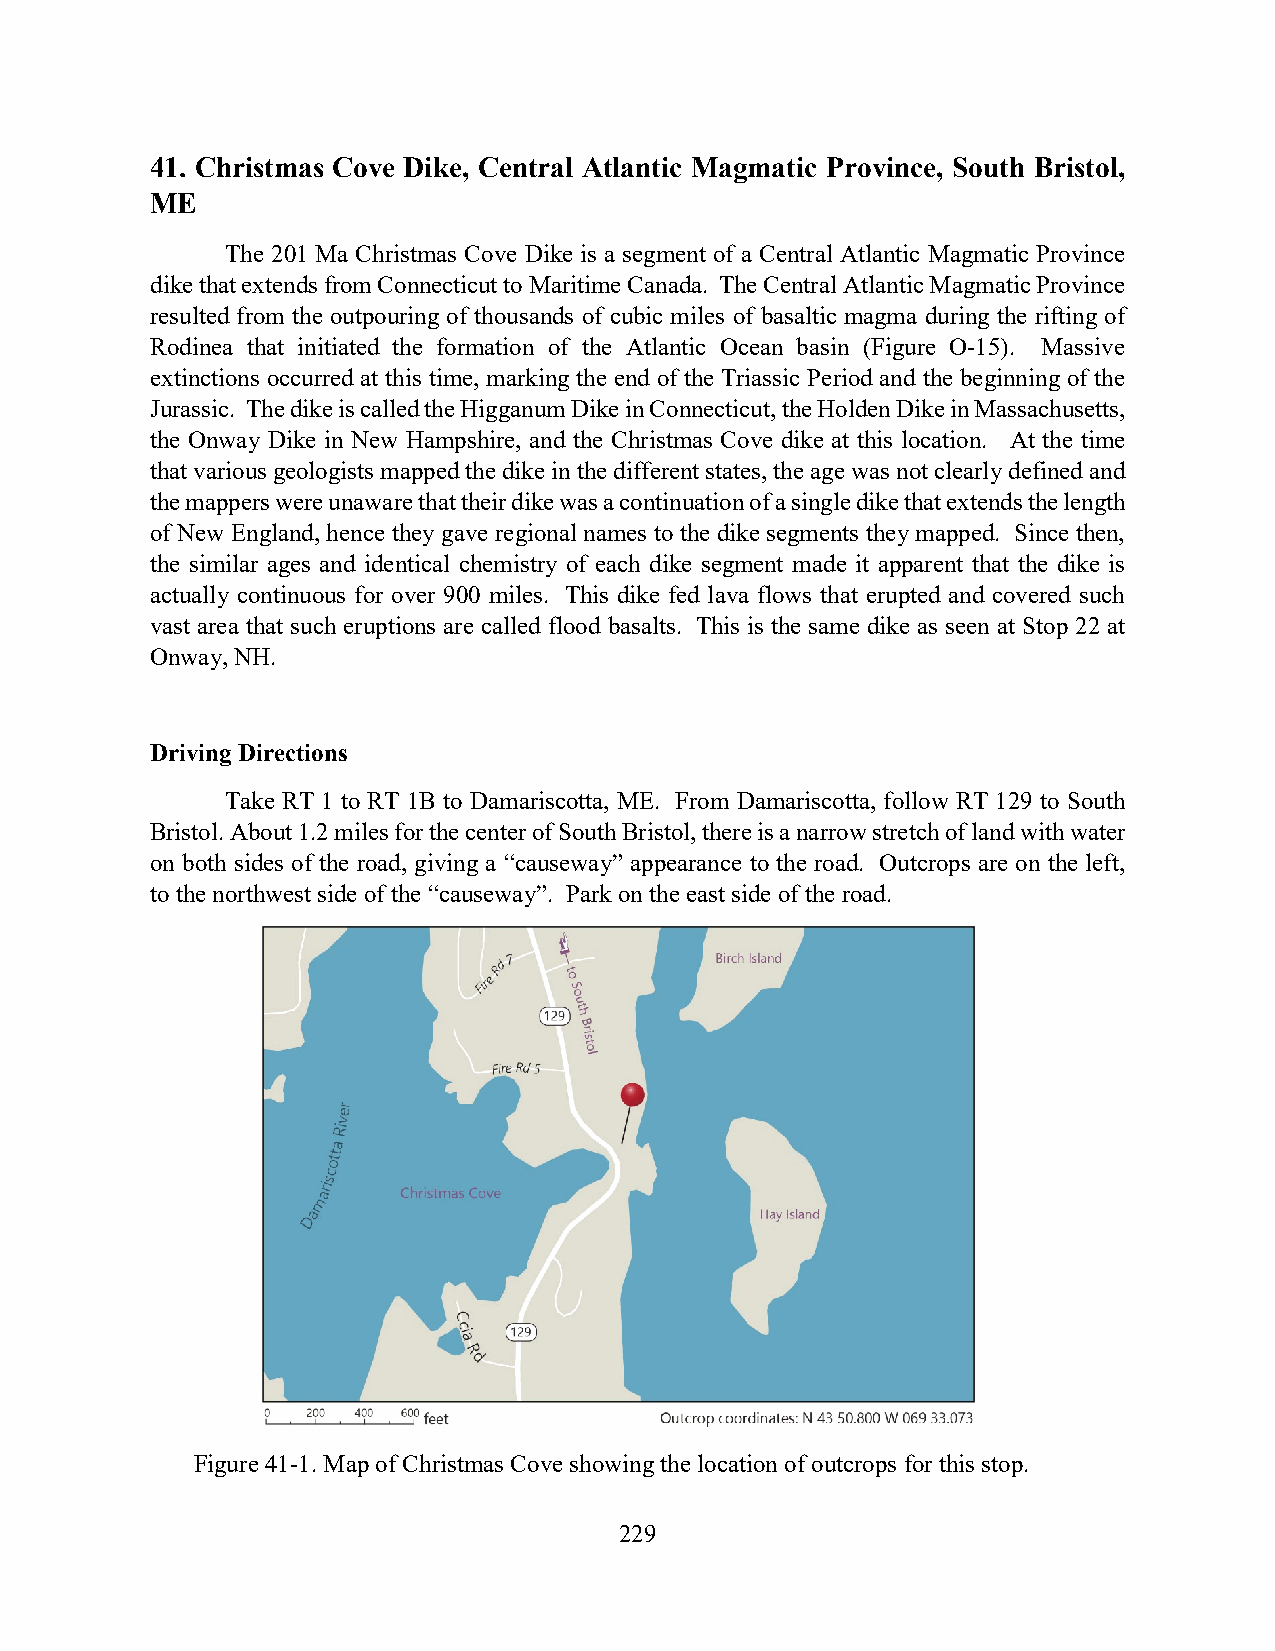
41. Christmas Cove Dike, Central Atlantic Magmatic Province, South Bristol,
 ME
 The 201 Ma Christmas Cove Dike is a segment of a Central Atlantic Magmatic Province
 dike that extends from Connecticut to Maritime Canada. The Central Atlantic Magmatic Province
 resulted from the outpouring of thousands of cubic miles of basaltic magma during the rifting of
 Rodinea that initiated the formation of the Atlantic Ocean basin (Figure O-15). Massive
 extinctions occurred at this time, marking the end of the Triassic Period and the beginning of the
 Jurassic. The dike is called the Higganum Dike in Connecticut, the Holden Dike in Massachusetts,
 the Onway Dike in New Hampshire, and the Christmas Cove dike at this location. At the time
 that various geologists mapped the dike in the different states, the age was not clearly defined and
 the mappers were unaware that their dike was a continuation of a single dike that extends the length
 of New England, hence they gave regional names to the dike segments they mapped. Since then,
 the similar ages and identical chemistry of each dike segment made it apparent that the dike is
 actually continuous for over 900 miles. This dike fed lava flows that erupted and covered such
 vast area that such eruptions are called flood basalts. This is the same dike as seen at Stop 22 at
 Onway, NH.
 Driving Directions
 Take RT 1 to RT 1B to Damariscotta, ME. From Damariscotta, follow RT 129 to South
 Bristol. About 1.2 miles for the center of South Bristol, there is a narrow stretch of land with water
 on both sides of the road, giving a “causeway” appearance to the road. Outcrops are on the left,
 to the northwest side of the “causeway”. Park on the east side of the road.
 Figure 41-1. Map of Christmas Cove showing the location of outcrops for this stop.
 229